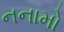
નનામો